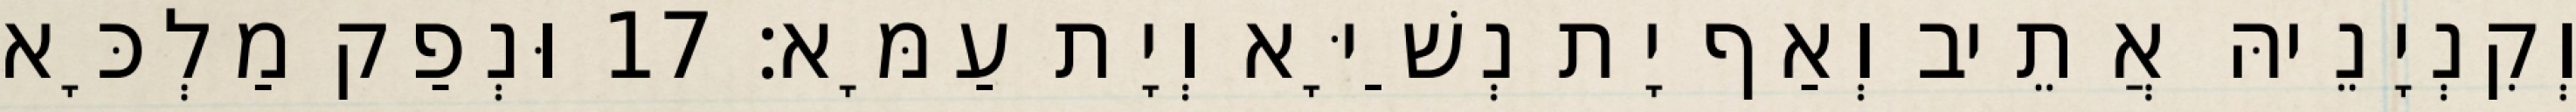
וְקִנְיָנֵיהּ אֲתֵיב וְאַף יָת נְשַׁיָּא וְיָת עַמָּא׃ 17 וּנְפַק מַלְכָּא